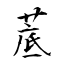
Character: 菧